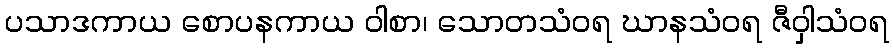
ပသာဒကာယ စောပနကာယ ဝါစာ၊ သောတသံဝရ ဃာနသံဝရ ဇီဝှါသံဝရ